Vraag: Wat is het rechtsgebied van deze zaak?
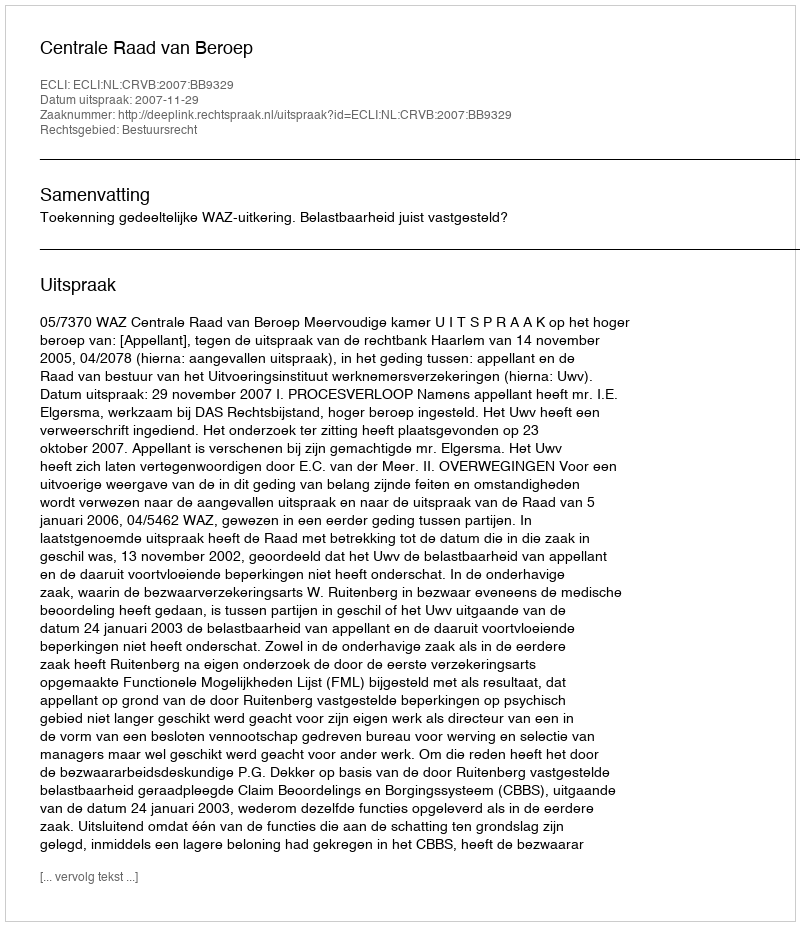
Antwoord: Bestuursrecht